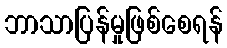
ဘာသာပြန်မှုဖြစ်စေရန်